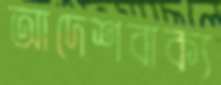
আদেশবাক্য